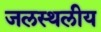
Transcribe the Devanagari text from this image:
जलस्थलीय